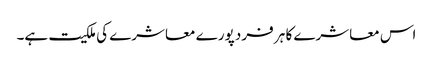
اس معاشرے کا ہر فرد پورے معاشرے کی ملکیت ہے۔